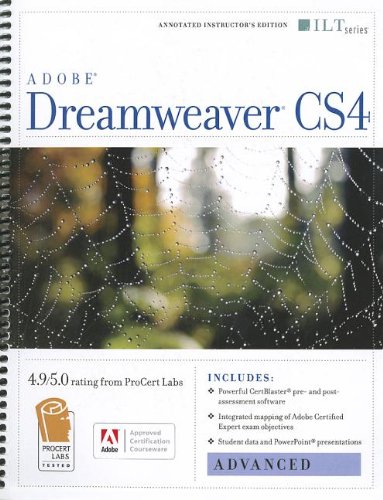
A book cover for Dreamweaver Cs4: Advanced, Ace Edition + Certblaster (ILT); Computers & Technology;